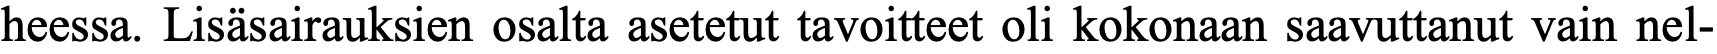
heessa. Lisäsairauksien osalta asetetut tavoitteet oli kokonaan saavuttanut vain nel-